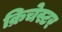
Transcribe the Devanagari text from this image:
क्रिचेस्टर